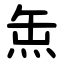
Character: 缹